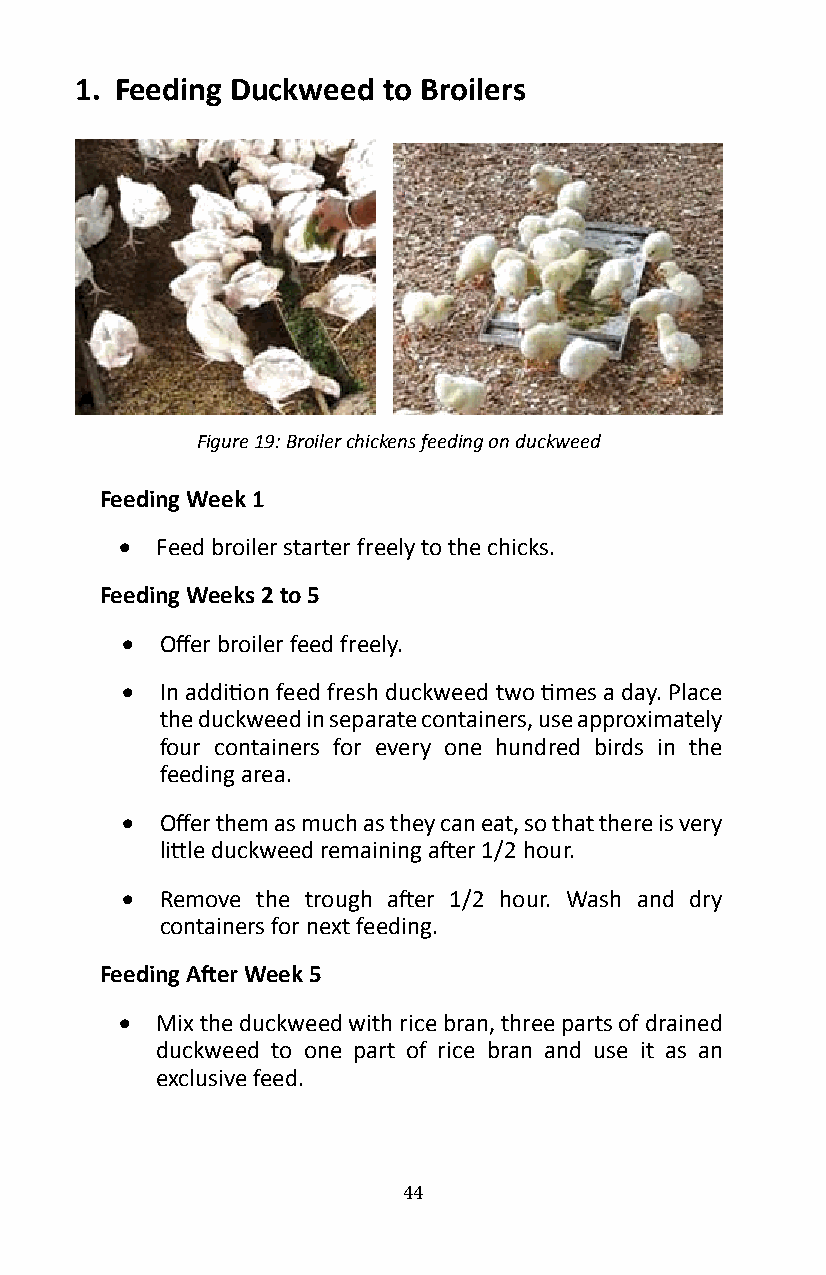
1� Feeding Duckweed to Broilers
 Figure 19: Broiler chickens feeding on duckweed
 Feeding Week 1
 • Feed broiler starter freely to the chicks�
 Feeding Weeks 2 to 5
 •  Offer broiler feed freely.
 •  In addition feed fresh duckweed two times a day. Place
 the duckweed in separate containers, use approximately
 four containers for every one hundred birds in the
 feeding area�
 •  Offer them as much as they can eat, so that there is very
 little duckweed remaining after 1/2 hour.
 •  Remove the trough after 1/2 hour. Wash and dry
 containers for next feeding�
 Feeding After Week 5
 • Mix the duckweed with rice bran, three parts of drained
 duckweed to one part of rice bran and use it as an
 exclusive feed�
 44